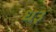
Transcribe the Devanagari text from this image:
ध३